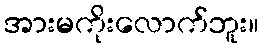
အားမကိုးလောက်ဘူး။